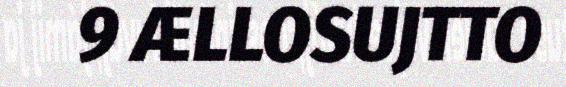
9 ÆLLOSUJTTO